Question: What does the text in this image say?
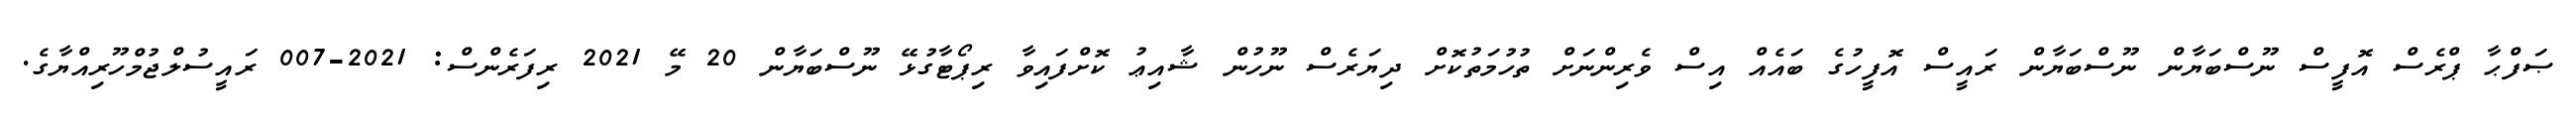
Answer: ޞަފްޙާ ޕްރެސް އޮފީސް ނޫސްބަޔާން ނޫސްބަޔާން ރައީސް އޮފީހުގެ ބައެއް އިސް ވެރިންނަށް ތުހުމަތުކޮށް ދިޔަރެސް ނޫހުން ޝާއިޢު ކޮށްފައިވާ ރިޕޯޓާގުޅޭ ނޫސްބަޔާން 20 މޭ 2021 ރިފަރެންސް: 2021-007 ރައީސުލްޖުމްހޫރިއްޔާގެ.